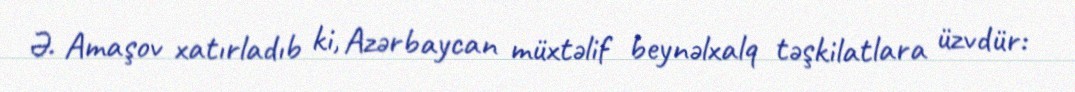
Ə. Amaşov xatırladıb ki, Azərbaycan müxtəlif beynəlxalq təşkilatlara üzvdür: